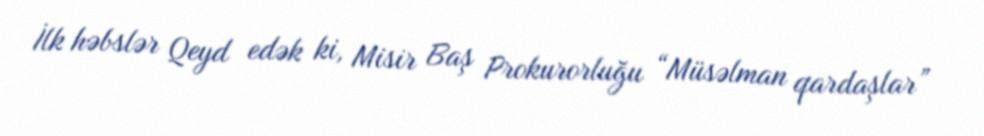
İlk həbslər Qeyd edək ki, Misir Baş Prokurorluğu “Müsəlman qardaşlar”